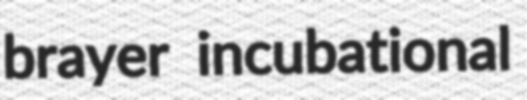
brayer incubational